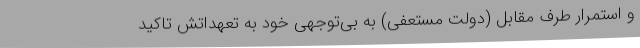
و استمرار طرف مقابل (دولت مستعفی) به بی‌توجهی خود به تعهداتش تاکید